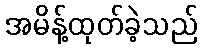
အမိန့်ထုတ်ခဲ့သည်